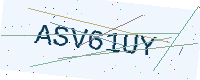
Text: ASV61UY